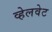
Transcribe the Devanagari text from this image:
व्हेलवेट